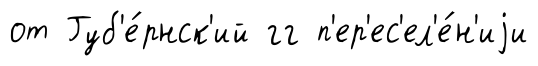
от Губ'е́рнск'ий гг п'ер'ес'ел'е́н'иjи